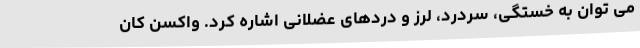
می توان به خستگی، سردرد، لرز و دردهای عضلانی اشاره کرد. واکسن کان